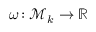
\omega \! : { \mathcal M } _ { k } \to { \mathbb R }